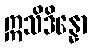
ဣသိဒိန္နော